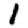
Digit: 1